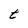
Character: t